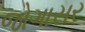
જોગાસર